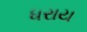
ધરાય